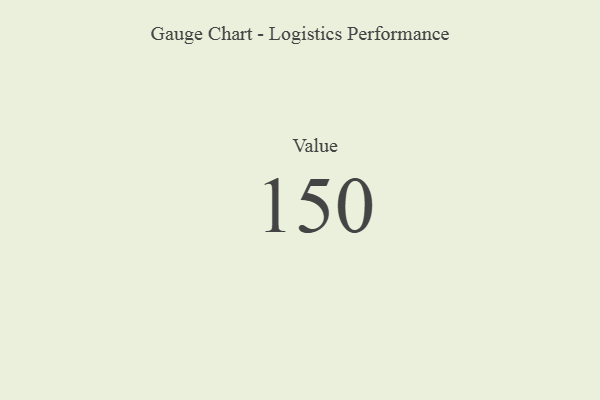
{"axis": {"x": "Metric", "y": "Value"}, "legend": [""], "data": [{"x": "Value", "y": 150, "type": ""}]}